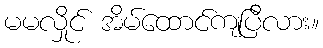
မမလှိုင် အိမ်ထောင်ကျပြီလား။